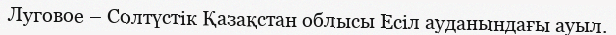
Луговое – Солтүстік Қазақстан облысы Есіл ауданындағы ауыл.